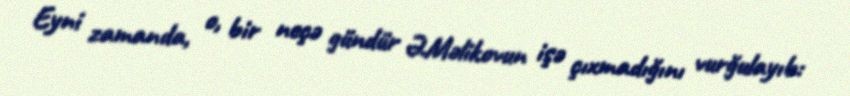
Eyni zamanda, o, bir neçə gündür Ə.Məlikovun işə çıxmadığını vurğulayıb: